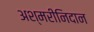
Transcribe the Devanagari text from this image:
अश्मरीनिदान